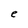
Character: e